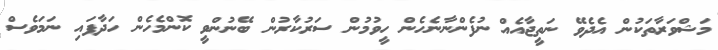
މަޝްވަރާތަކުން އެދެވޭ ނަތީޖާއެއް ނުފެންނާނެހެން ހީވުމުން ސަރުކާރުން ބޭނުންވީ ކޮންމެހެން ހަދާފައި ނަމަވެސް